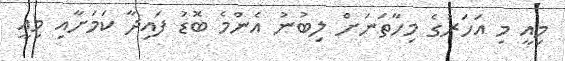
މިއީ މި އަހަރުގެ މިހާތަނަށް ލިބުނު އެންމެ ބޮޑު ފައިދާ ކަމަށާއި މިއީ